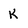
Character: K